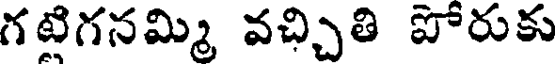
గటిగనమ్మి వచ్చితి పోరుకు